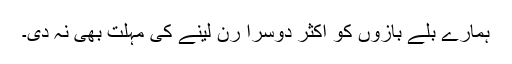
ہمارے بلے بازوں کو اکثر دوسرا رن لینے کی مہلت بھی نہ دی۔